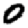
Digit: 0